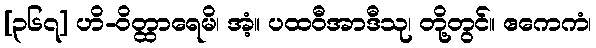
[၃၆၇] ဟိ-ဝိတ္ထာရေမိ၊ အံ့။ ပထဝီအာဒီသု၊ တို့တွင်။ ဧကေကံ၊